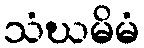
သံဃမိမံ